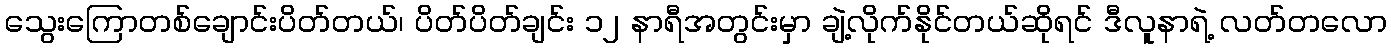
သွေးကြောတစ်ချောင်းပိတ်တယ်၊ ပိတ်ပိတ်ချင်း ၁၂ နာရီအတွင်းမှာ ချဲ့လိုက်နိုင်တယ်ဆိုရင် ဒီလူနာရဲ့ လတ်တလော